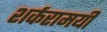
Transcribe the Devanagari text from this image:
शर्करामयी